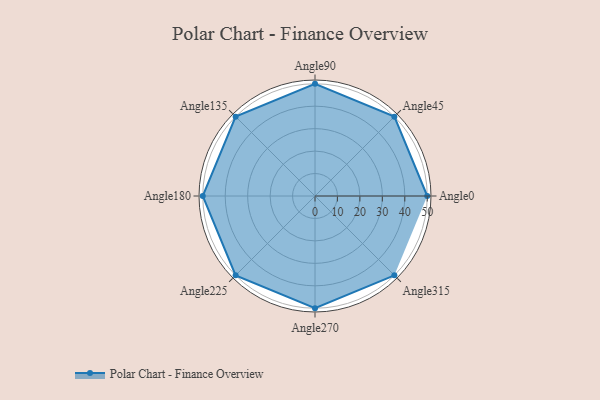
{"axis": {"x": "Angle", "y": "Radius"}, "legend": [""], "data": [{"x": "Angle0", "y": 50, "type": ""}, {"x": "Angle45", "y": 50, "type": ""}, {"x": "Angle90", "y": 50, "type": ""}, {"x": "Angle135", "y": 50.0, "type": ""}, {"x": "Angle180", "y": 50, "type": ""}, {"x": "Angle225", "y": 50, "type": ""}, {"x": "Angle270", "y": 50, "type": ""}, {"x": "Angle315", "y": 50, "type": ""}]}